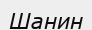
Шанин